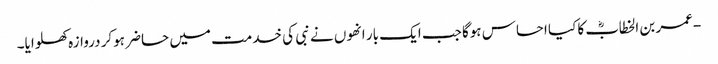
-عمر بن الخطابؓ کا کیا احساس ہوگا جب ایک بار انھوں نے نبی کی خدمت میں حاضر ہوکر دروازہ کھلوایا۔